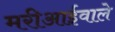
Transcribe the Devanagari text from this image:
मरीआईवाले